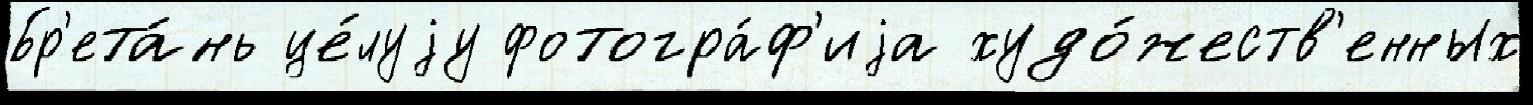
Бр'ета́нь це́луjу фотогра́ф'иjа худо́жеств'енных